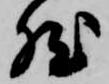
然